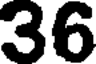
36